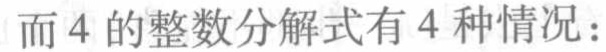
而4的整数分解式有4种情况：